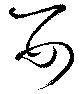
嬰